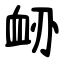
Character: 䘐